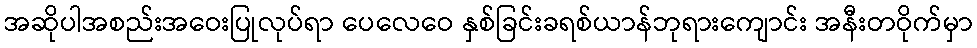
အဆိုပါအစည်းအဝေးပြုလုပ်ရာ ပေလေဝေ နှစ်ခြင်းခရစ်ယာန်ဘုရားကျောင်း အနီးတဝိုက်မှာ